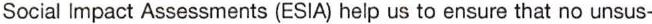
Social Impact Assessments (ESIA) help us to ensure that no unsus-